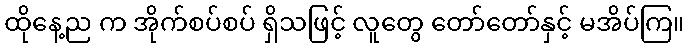
ထိုနေ့ည က အိုက်စပ်စပ် ရှိသဖြင့် လူတွေ တော်တော်နှင့် မအိပ်ကြ။